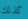
كذلك